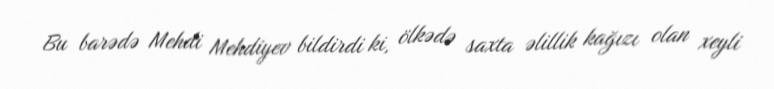
Bu barədə Mehdi Mehdiyev bildirdi ki, ölkədə saxta əlillik kağızı olan xeyli